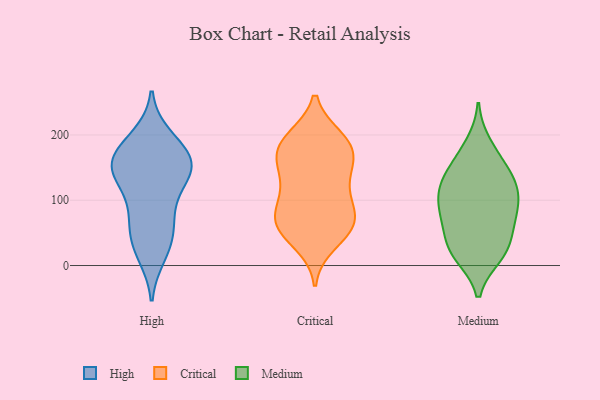
{"axis": {"x": "Headcount", "y": "Value"}, "legend": ["Critical", "High", "Medium"], "data": [{"x": "", "y": 43, "type": "High"}, {"x": "", "y": 168, "type": "High"}, {"x": "", "y": 17, "type": "High"}, {"x": "", "y": 145, "type": "High"}, {"x": "", "y": 149, "type": "High"}, {"x": "", "y": 156, "type": "High"}, {"x": "", "y": 143, "type": "High"}, {"x": "", "y": 196, "type": "High"}, {"x": "", "y": 68, "type": "High"}, {"x": "", "y": 148, "type": "High"}, {"x": "", "y": 27, "type": "High"}, {"x": "", "y": 95, "type": "High"}, {"x": "", "y": 169, "type": "High"}, {"x": "", "y": 68, "type": "High"}, {"x": "", "y": 187, "type": "High"}, {"x": "", "y": 126, "type": "High"}, {"x": "", "y": 152, "type": "Critical"}, {"x": "", "y": 193, "type": "Critical"}, {"x": "", "y": 54, "type": "Critical"}, {"x": "", "y": 77, "type": "Critical"}, {"x": "", "y": 77, "type": "Critical"}, {"x": "", "y": 191, "type": "Critical"}, {"x": "", "y": 195, "type": "Critical"}, {"x": "", "y": 34, "type": "Critical"}, {"x": "", "y": 163, "type": "Critical"}, {"x": "", "y": 70, "type": "Critical"}, {"x": "", "y": 54, "type": "Critical"}, {"x": "", "y": 125, "type": "Critical"}, {"x": "", "y": 80, "type": "Critical"}, {"x": "", "y": 111, "type": "Critical"}, {"x": "", "y": 172, "type": "Critical"}, {"x": "", "y": 158, "type": "Critical"}, {"x": "", "y": 57, "type": "Critical"}, {"x": "", "y": 184, "type": "Critical"}, {"x": "", "y": 119, "type": "Critical"}, {"x": "", "y": 37, "type": "Medium"}, {"x": "", "y": 76, "type": "Medium"}, {"x": "", "y": 74, "type": "Medium"}, {"x": "", "y": 15, "type": "Medium"}, {"x": "", "y": 102, "type": "Medium"}, {"x": "", "y": 31, "type": "Medium"}, {"x": "", "y": 168, "type": "Medium"}, {"x": "", "y": 186, "type": "Medium"}, {"x": "", "y": 19, "type": "Medium"}, {"x": "", "y": 77, "type": "Medium"}, {"x": "", "y": 146, "type": "Medium"}, {"x": "", "y": 129, "type": "Medium"}, {"x": "", "y": 112, "type": "Medium"}, {"x": "", "y": 69, "type": "Medium"}, {"x": "", "y": 121, "type": "Medium"}, {"x": "", "y": 18, "type": "Medium"}, {"x": "", "y": 141, "type": "Medium"}, {"x": "", "y": 108, "type": "Medium"}]}